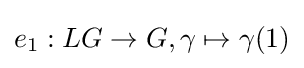
e_{1}:LG\to G,\gamma \mapsto \gamma (1)